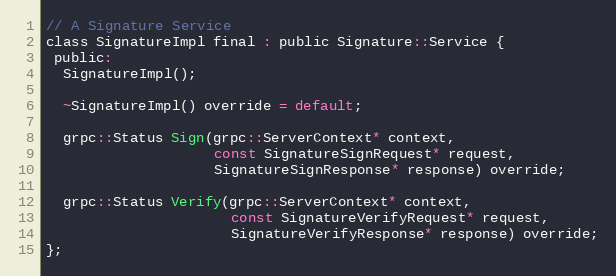
Language: C
// A Signature Service
class SignatureImpl final : public Signature::Service {
 public:
  SignatureImpl();

  ~SignatureImpl() override = default;

  grpc::Status Sign(grpc::ServerContext* context,
                    const SignatureSignRequest* request,
                    SignatureSignResponse* response) override;

  grpc::Status Verify(grpc::ServerContext* context,
                      const SignatureVerifyRequest* request,
                      SignatureVerifyResponse* response) override;
};